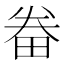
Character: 𤱵